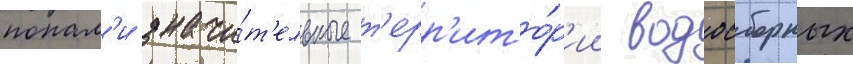
попал'и значи́т'ельные т'ерр'ито́р'ии водосборных